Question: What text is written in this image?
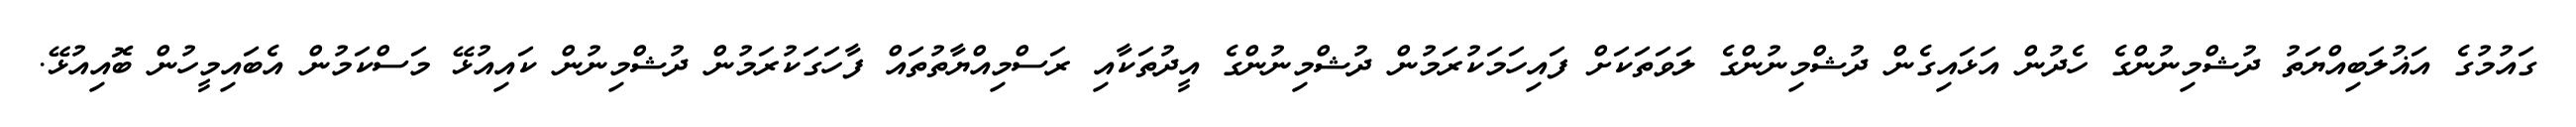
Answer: ގައުމުގެ އަޣުލަބިއްޔަތު ދުޝްމިނުންގެ ހެދުން އަޅައިގެން ދުޝްމިނުންގެ ލަވަތަކަށް ފައިހަމަކުރަމުން ދުޝްމިނުންގެ އީދުތަކާއި ރަސްމިއްޔާތުތައް ފާހަގަކުރަމުން ދުޝްމިނުން ކައިއުޅޭ މަސްކަމުން އެބައިމީހުން ބޮއިއުޅޭ.